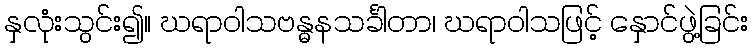
နှလုံးသွင်း၍။ ဃရာဝါသဗန္ဓနသင်္ခါတာ၊ ဃရာဝါသဖြင့် နှောင်ဖွဲ့ခြင်း